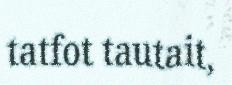
tatfot tautait,